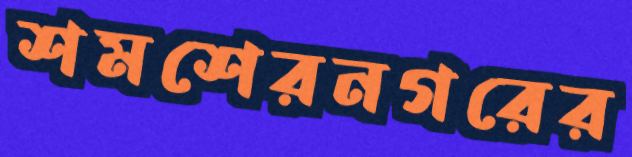
শমশেরনগরের